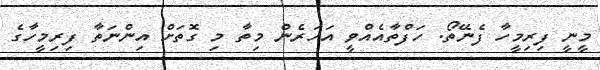
މީނީ ފިރިމީހާ ފެނޭތޯ. ހަފްތާއެއްވީ އަހަރެން މިތާ މި ގޮތަށް އިންނަތާ ފިރިމީހާގެ